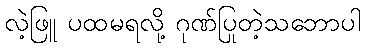
လဲ့ဖြူ ပထမရလို့ ဂုဏ်ပြုတဲ့သဘောပါ